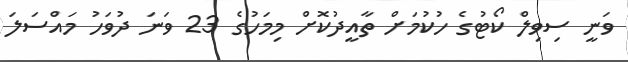
ވަނީ ސިވިލް ކޯޓުގެ ހުކުމަށް ތާއީދުކޮށް މިމަހުގެ 23 ވަނަ ދުވަހު މައްސަލަ